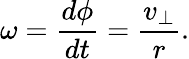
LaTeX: \omega={\frac{d\phi}{dt}}={\frac{v_{\perp}}{r}}.